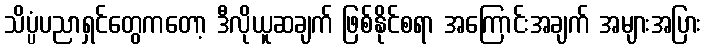
သိပ္ပံပညာရှင်တွေကတော့ ဒီလိုယူဆချက် ဖြစ်နိုင်စရာ အကြောင်းအချက် အများအပြား